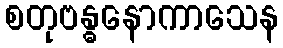
စတုဗန္ဓနောကာသေန